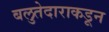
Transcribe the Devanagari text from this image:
बलुतेदाराकडून